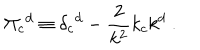
LaTeX: \Pi _ { c } { } ^ { d } \equiv \delta _ { c } { } ^ { d } - { \frac { 2 } { k ^ { 2 } } } k _ { c } k ^ { d } \ .